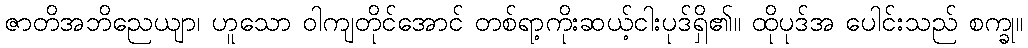
ဇာတိအဘိညေယျာ၊ ဟူသော ဝါကျတိုင်အောင် တစ်ရာ့ကိုးဆယ့်ငါးပုဒ်ရှိ၏။ ထိုပုဒ်အ ပေါင်းသည် စက္ခု။